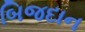
બિજદાન